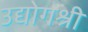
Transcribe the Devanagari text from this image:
उद्योगश्री